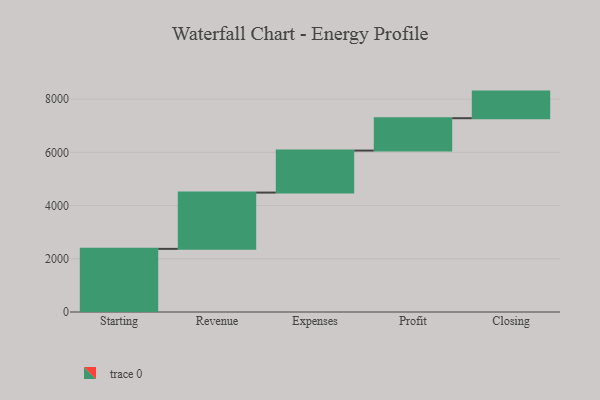
{"axis": {"x": "Step", "y": "Value"}, "legend": [""], "data": [{"x": "Starting", "y": 2373.0, "type": ""}, {"x": "Revenue", "y": 2115.0, "type": ""}, {"x": "Expenses", "y": 1579.0, "type": ""}, {"x": "Profit", "y": 1217.0, "type": ""}, {"x": "Closing", "y": 1000, "type": ""}]}